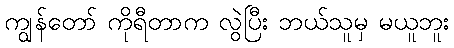
ကျွန်တော် ကိုရီတာက လွဲပြီး ဘယ်သူမှ မယူဘူး